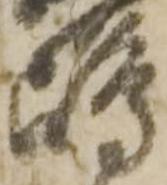
嶋